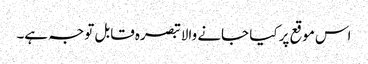
اس موقع پر کیا جانے والا تبصرہ قابل توجہ ہے۔